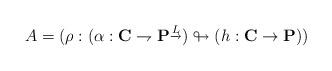
LaTeX: \begin{align*}A=(\rho:(\alpha:\mathbf{C}\rightharpoondown \mathbf{P}^{\underrightarrow{L}})\looparrowright (h:\mathbf{C}\rightarrow \mathbf{P}))\end{align*}